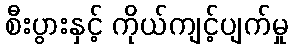
စီးပွားနှင့် ကိုယ်ကျင့်ပျက်မှု